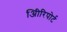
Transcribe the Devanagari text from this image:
अिीरिपोर्ट